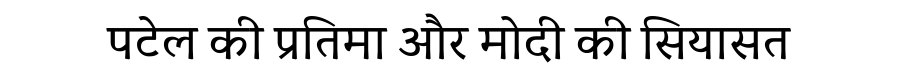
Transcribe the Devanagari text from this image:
पटेल की प्रतिमा और मोदी की सियासत